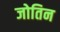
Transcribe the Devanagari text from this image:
जोतिन